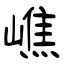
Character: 嶕